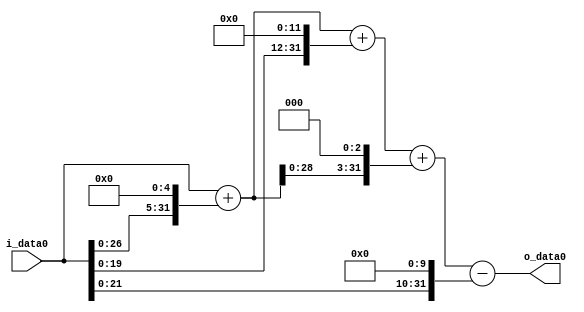
module multiplier_block (
    i_data0,
    o_data0
);

  // Port mode declarations:
  input   [31:0] i_data0;
  output  [31:0]
    o_data0;

  //Multipliers:

  wire [31:0]
    w1,
    w32,
    w33,
    w4096,
    w4129,
    w264,
    w4393,
    w1024,
    w3369;

  assign w1 = i_data0;
  assign w1024 = w1 << 10;
  assign w264 = w33 << 3;
  assign w32 = w1 << 5;
  assign w33 = w1 + w32;
  assign w3369 = w4393 - w1024;
  assign w4096 = w1 << 12;
  assign w4129 = w33 + w4096;
  assign w4393 = w4129 + w264;

  assign o_data0 = w3369;

  //multiplier_block area estimate = 6832.425686575;
endmodule